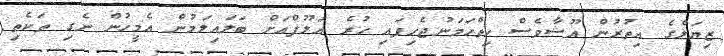
ޒިޔަލްގެ އިތުރުން އޫޝާވެސް ހިތްހަމަނުޖެހިފައި ހުރެ އަލޫފްއަށް ބަލައިލަމުން އެމީހުން ނެގި ތަކެތި